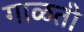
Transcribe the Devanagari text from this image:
गाळती